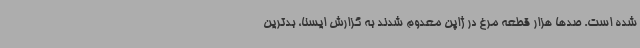
شده است. صدها هزار قطعه مرغ در ژاپن معدوم شدند به گزارش ایسنا، بدترین